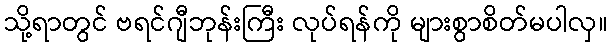
သို့ရာတွင် ဗရင်ဂျီဘုန်းကြီး လုပ်ရန်ကို များစွာစိတ်မပါလှ။